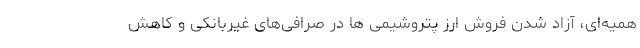
همیه‌ای، آزاد شدن فروش ارز پتروشیمی ها در صرافی‌های غیربانکی و کاهش